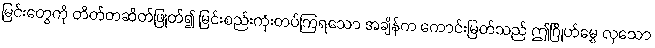
မြင်းတွေကို တိတ်တဆိတ်ဖြုတ်၍ မြင်းစည်းကုံးတပ်ကြရသော အချိန်က ကောင်းမြတ်သည် ဤဂြိုဟ်မွှေ လှသော